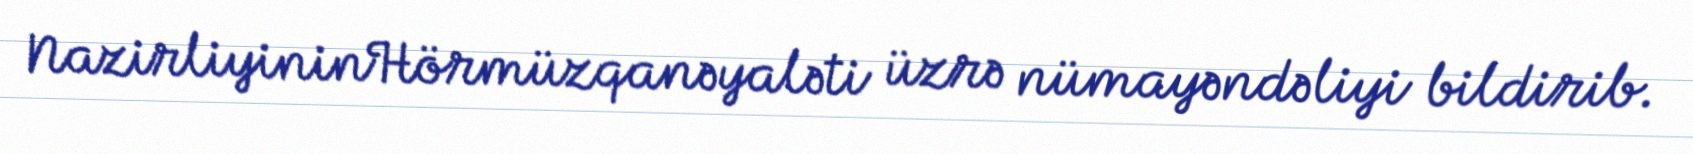
NazirliyininHörmüzqanəyaləti üzrə nümayəndəliyi bildirib.